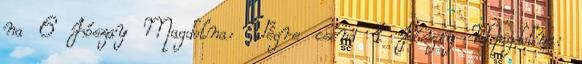
na 6 Jószay Magdolna: Végre csend 1 Jószay Magdolna: